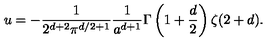
u = - { \frac { 1 } { 2 ^ { d + 2 } \pi ^ { d / 2 + 1 } } } { \frac { 1 } { a ^ { d + 1 } } } \Gamma \left( 1 + { \frac { d } { 2 } } \right) \zeta ( 2 + d ) .